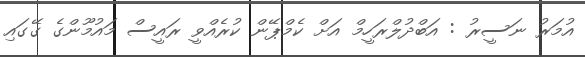
އުމަރު ނަސީރު : އަބްދުލްރަހީމް އަށް ކެމްޕޭން ކުރެއްވީ ރައީސް މައުމޫންގެ ގޭގައި